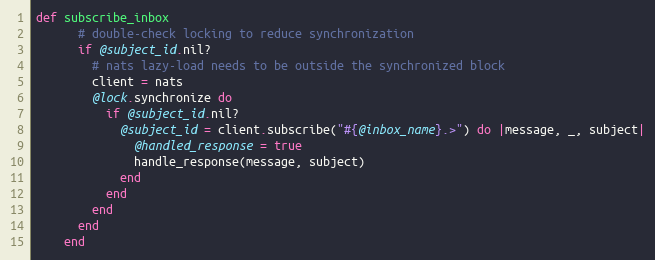
Language: Ruby
def subscribe_inbox
      # double-check locking to reduce synchronization
      if @subject_id.nil?
        # nats lazy-load needs to be outside the synchronized block
        client = nats
        @lock.synchronize do
          if @subject_id.nil?
            @subject_id = client.subscribe("#{@inbox_name}.>") do |message, _, subject|
              @handled_response = true
              handle_response(message, subject)
            end
          end
        end
      end
    end